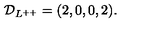
{ \cal D } _ { L ^ { + + } } = ( 2 , 0 , 0 , 2 ) .